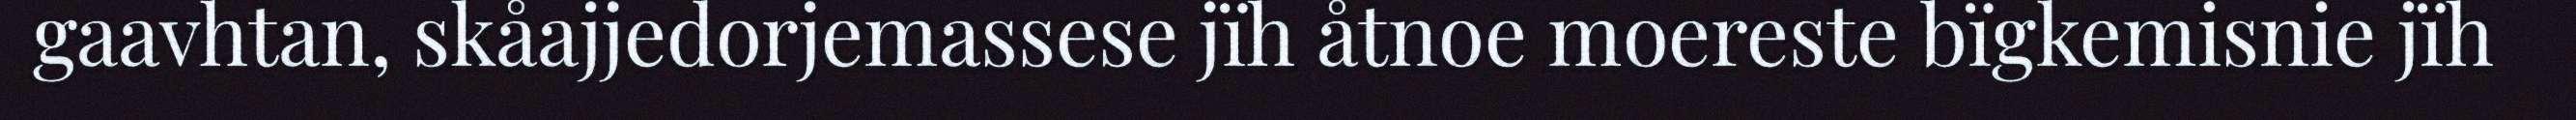
gaavhtan, skåajjedorjemassese jïh åtnoe moereste bïgkemisnie jïh